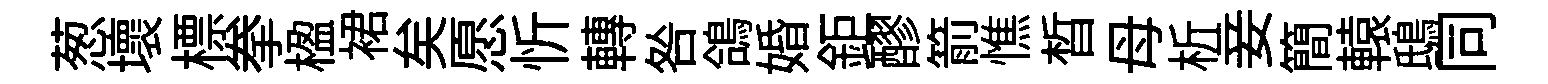
葱壞標拳楹裙矣愿忻轉咎鴿婚鉅醪箭憔晳母析妾簡轅鴟同